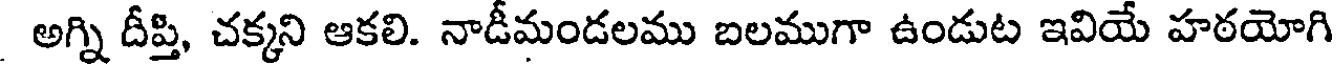
అగ్ని దీప్తి, చక్కని ఆకలి. నాడీమండలము బలముగా ఉండుట ఇవియే హఠయోగి